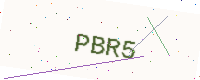
Text: PBR5